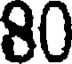
80